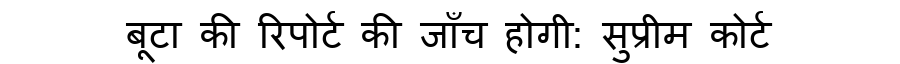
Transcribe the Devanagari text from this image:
बूटा की रिपोर्ट की जाँच होगी: सुप्रीम कोर्ट